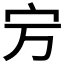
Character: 𡧊